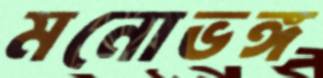
মনোভঙ্গ